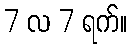
7 လ 7 ရက်။